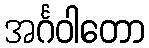
အင်္ဂဝါတော